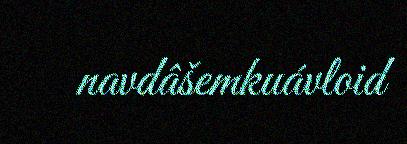
navdâšemkuávloid